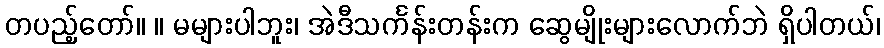
တပည့်တော်။ ။ မများပါဘူး၊ အဲဒီသင်္ကန်းတန်းက ဆွေမျိုးများလောက်ဘဲ ရှိပါတယ်၊